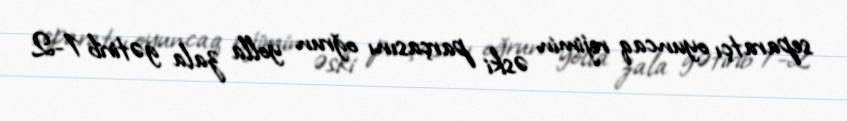
separatçı oyuncaq rejimin əski parçasını oğrun yolla zala gətirib 1-2